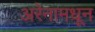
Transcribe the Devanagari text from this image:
अरेनामधून